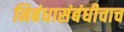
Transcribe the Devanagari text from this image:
निबंधासंबंधीचाच